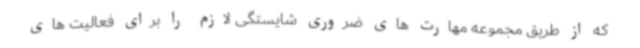
که از طریق مجموعه مهارت های ضروری شایستگی لازم را برای فعالیت های